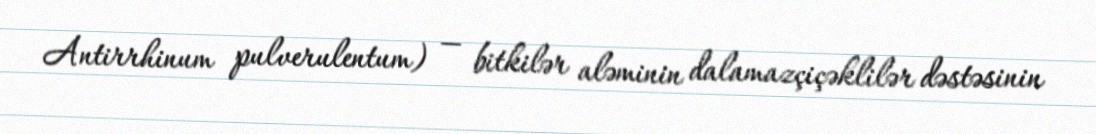
Antirrhinum pulverulentum) — bitkilər aləminin dalamazçiçəklilər dəstəsinin